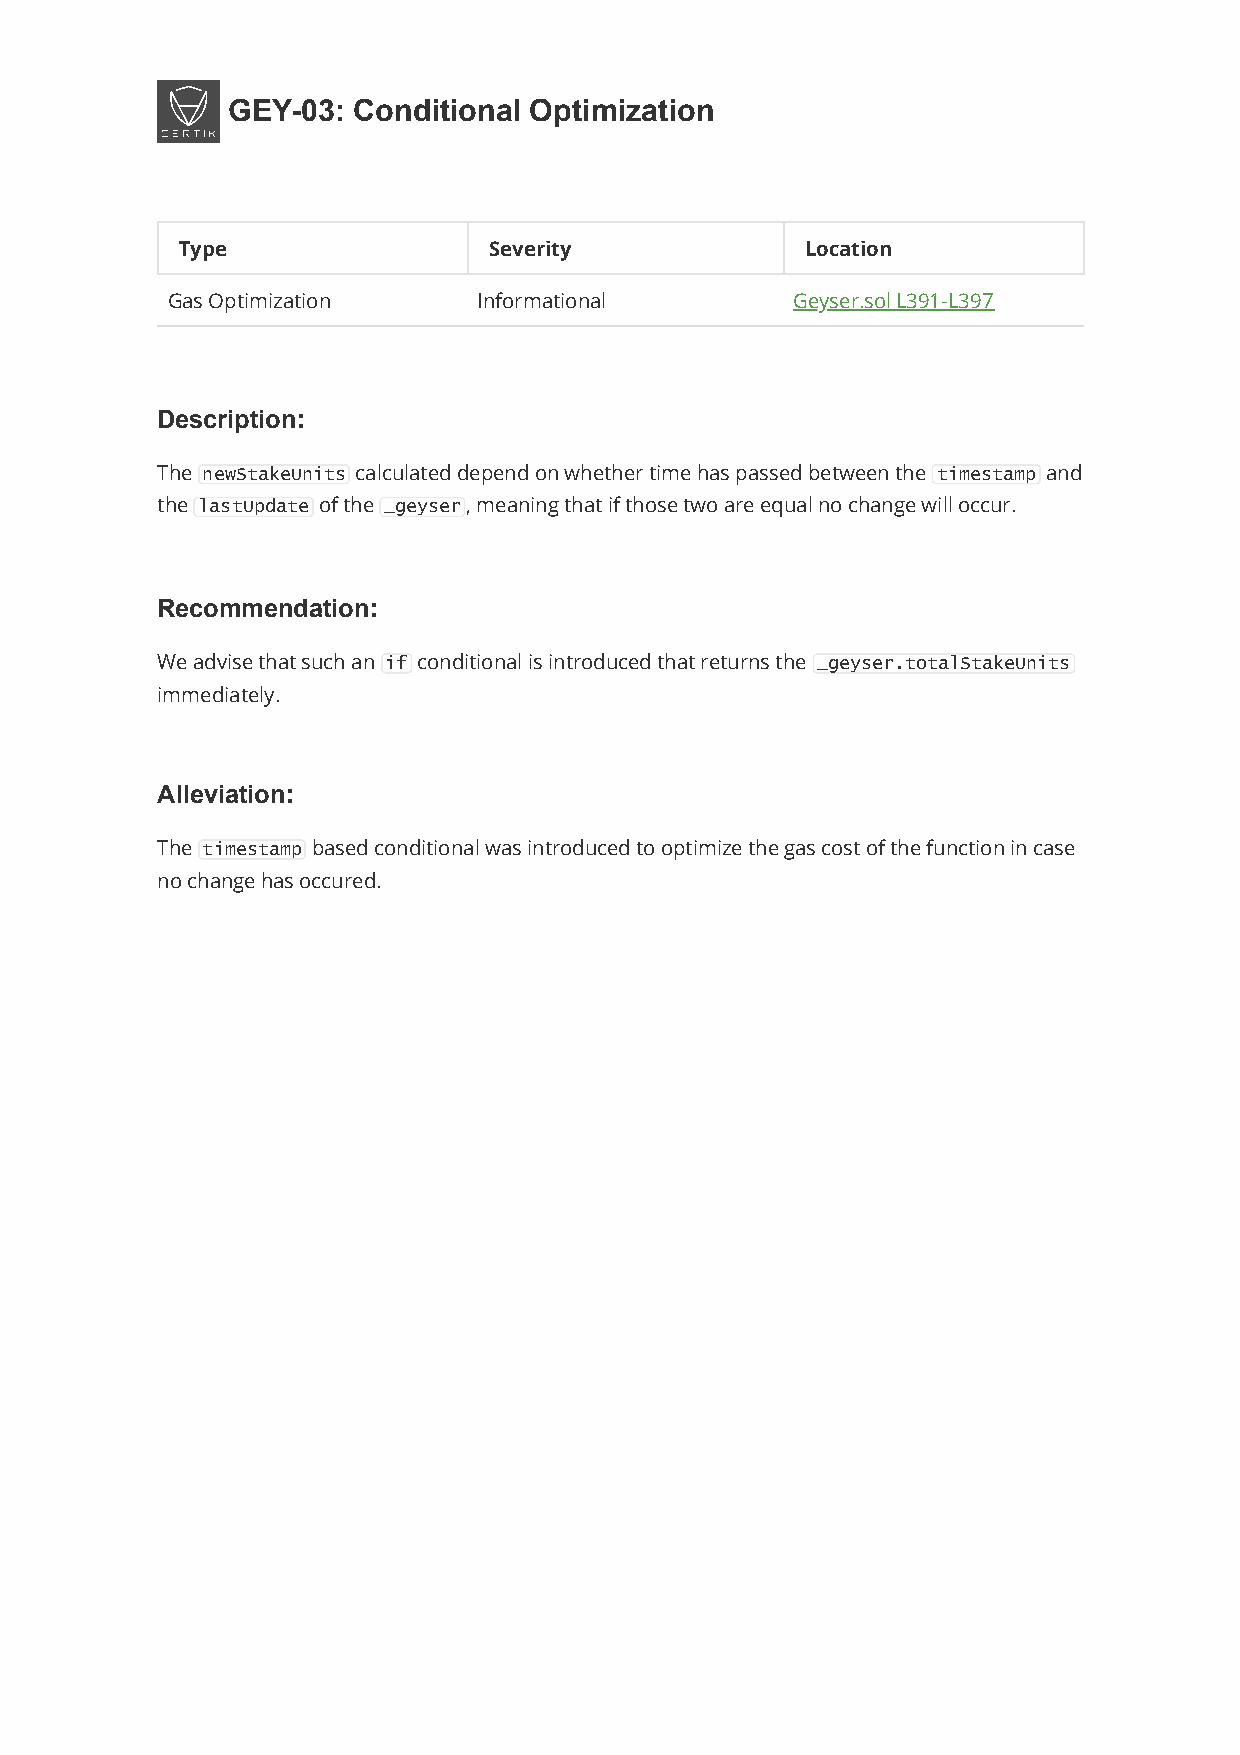
GEY-03: Conditional Optimization
 Type                Severity             Location
 Gas Optimization     Informational       Geyser.sol L391-L397
 Description:
 The newStakeUnits calculated depend on whether time has passed between the timestamp and
 the lastUpdate of the _geyser, meaning that if those two are equal no change will occur.
 Recommendation:
 We advise that such an if conditional is introduced that returns the _geyser.totalStakeUnits
 immediately.
 Alleviation:
 The timestamp based conditional was introduced to optimize the gas cost of the function in case
 no change has occured.